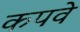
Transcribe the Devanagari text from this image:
कपवे